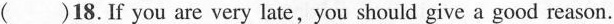
()18.If you are very late,you should give a good reason.